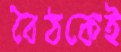
বৈঠকেই